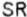
SR